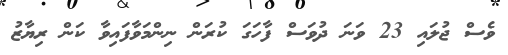
ވެސް ޖުލައި 23 ވަނަ ދުވަސް ފާހަގަ ކުރަން ނިންމަވާފައިވާ ކަން ރިޔާޒު